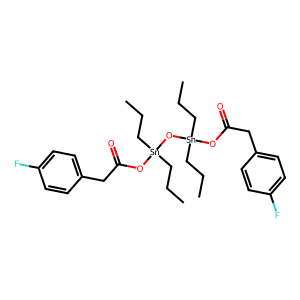
SMILES: CCC[Sn](CCC)(OC(=O)Cc1ccc(F)cc1)O[Sn](CCC)(CCC)OC(=O)Cc1ccc(F)cc1
Inhibits HIV replication: No